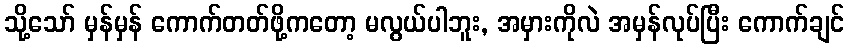
သို့သော် မှန်မှန် ကောက်တတ်ဖို့ကတော့ မလွယ်ပါဘူး, အမှားကိုလဲ အမှန်လုပ်ပြီး ကောက်ချင်